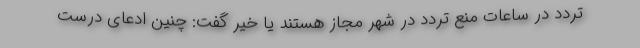
تردد در ساعات منع تردد در شهر مجاز هستند یا خیر گفت: چنین ادعای درست